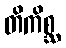
တိကိစ္ဆ